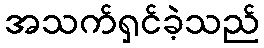
အသက်ရှင်ခဲ့သည်